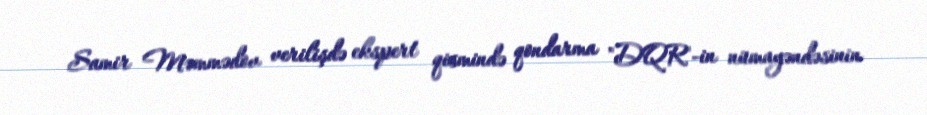
Samir Məmmədov verilişdə ekspert qismində qondarma "DQR"-in nümayəndəsinin